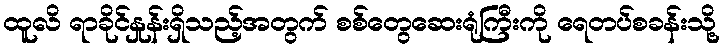
ထူလိ ရာခိုင်နှုန်းရှိသည့်အတွက် စစ်တွေဆေးရုံကြီးကို ရေတပ်စခန်းသို့